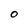
Character: 0